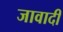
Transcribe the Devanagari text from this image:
जावादी